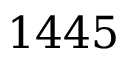
1 4 4 5